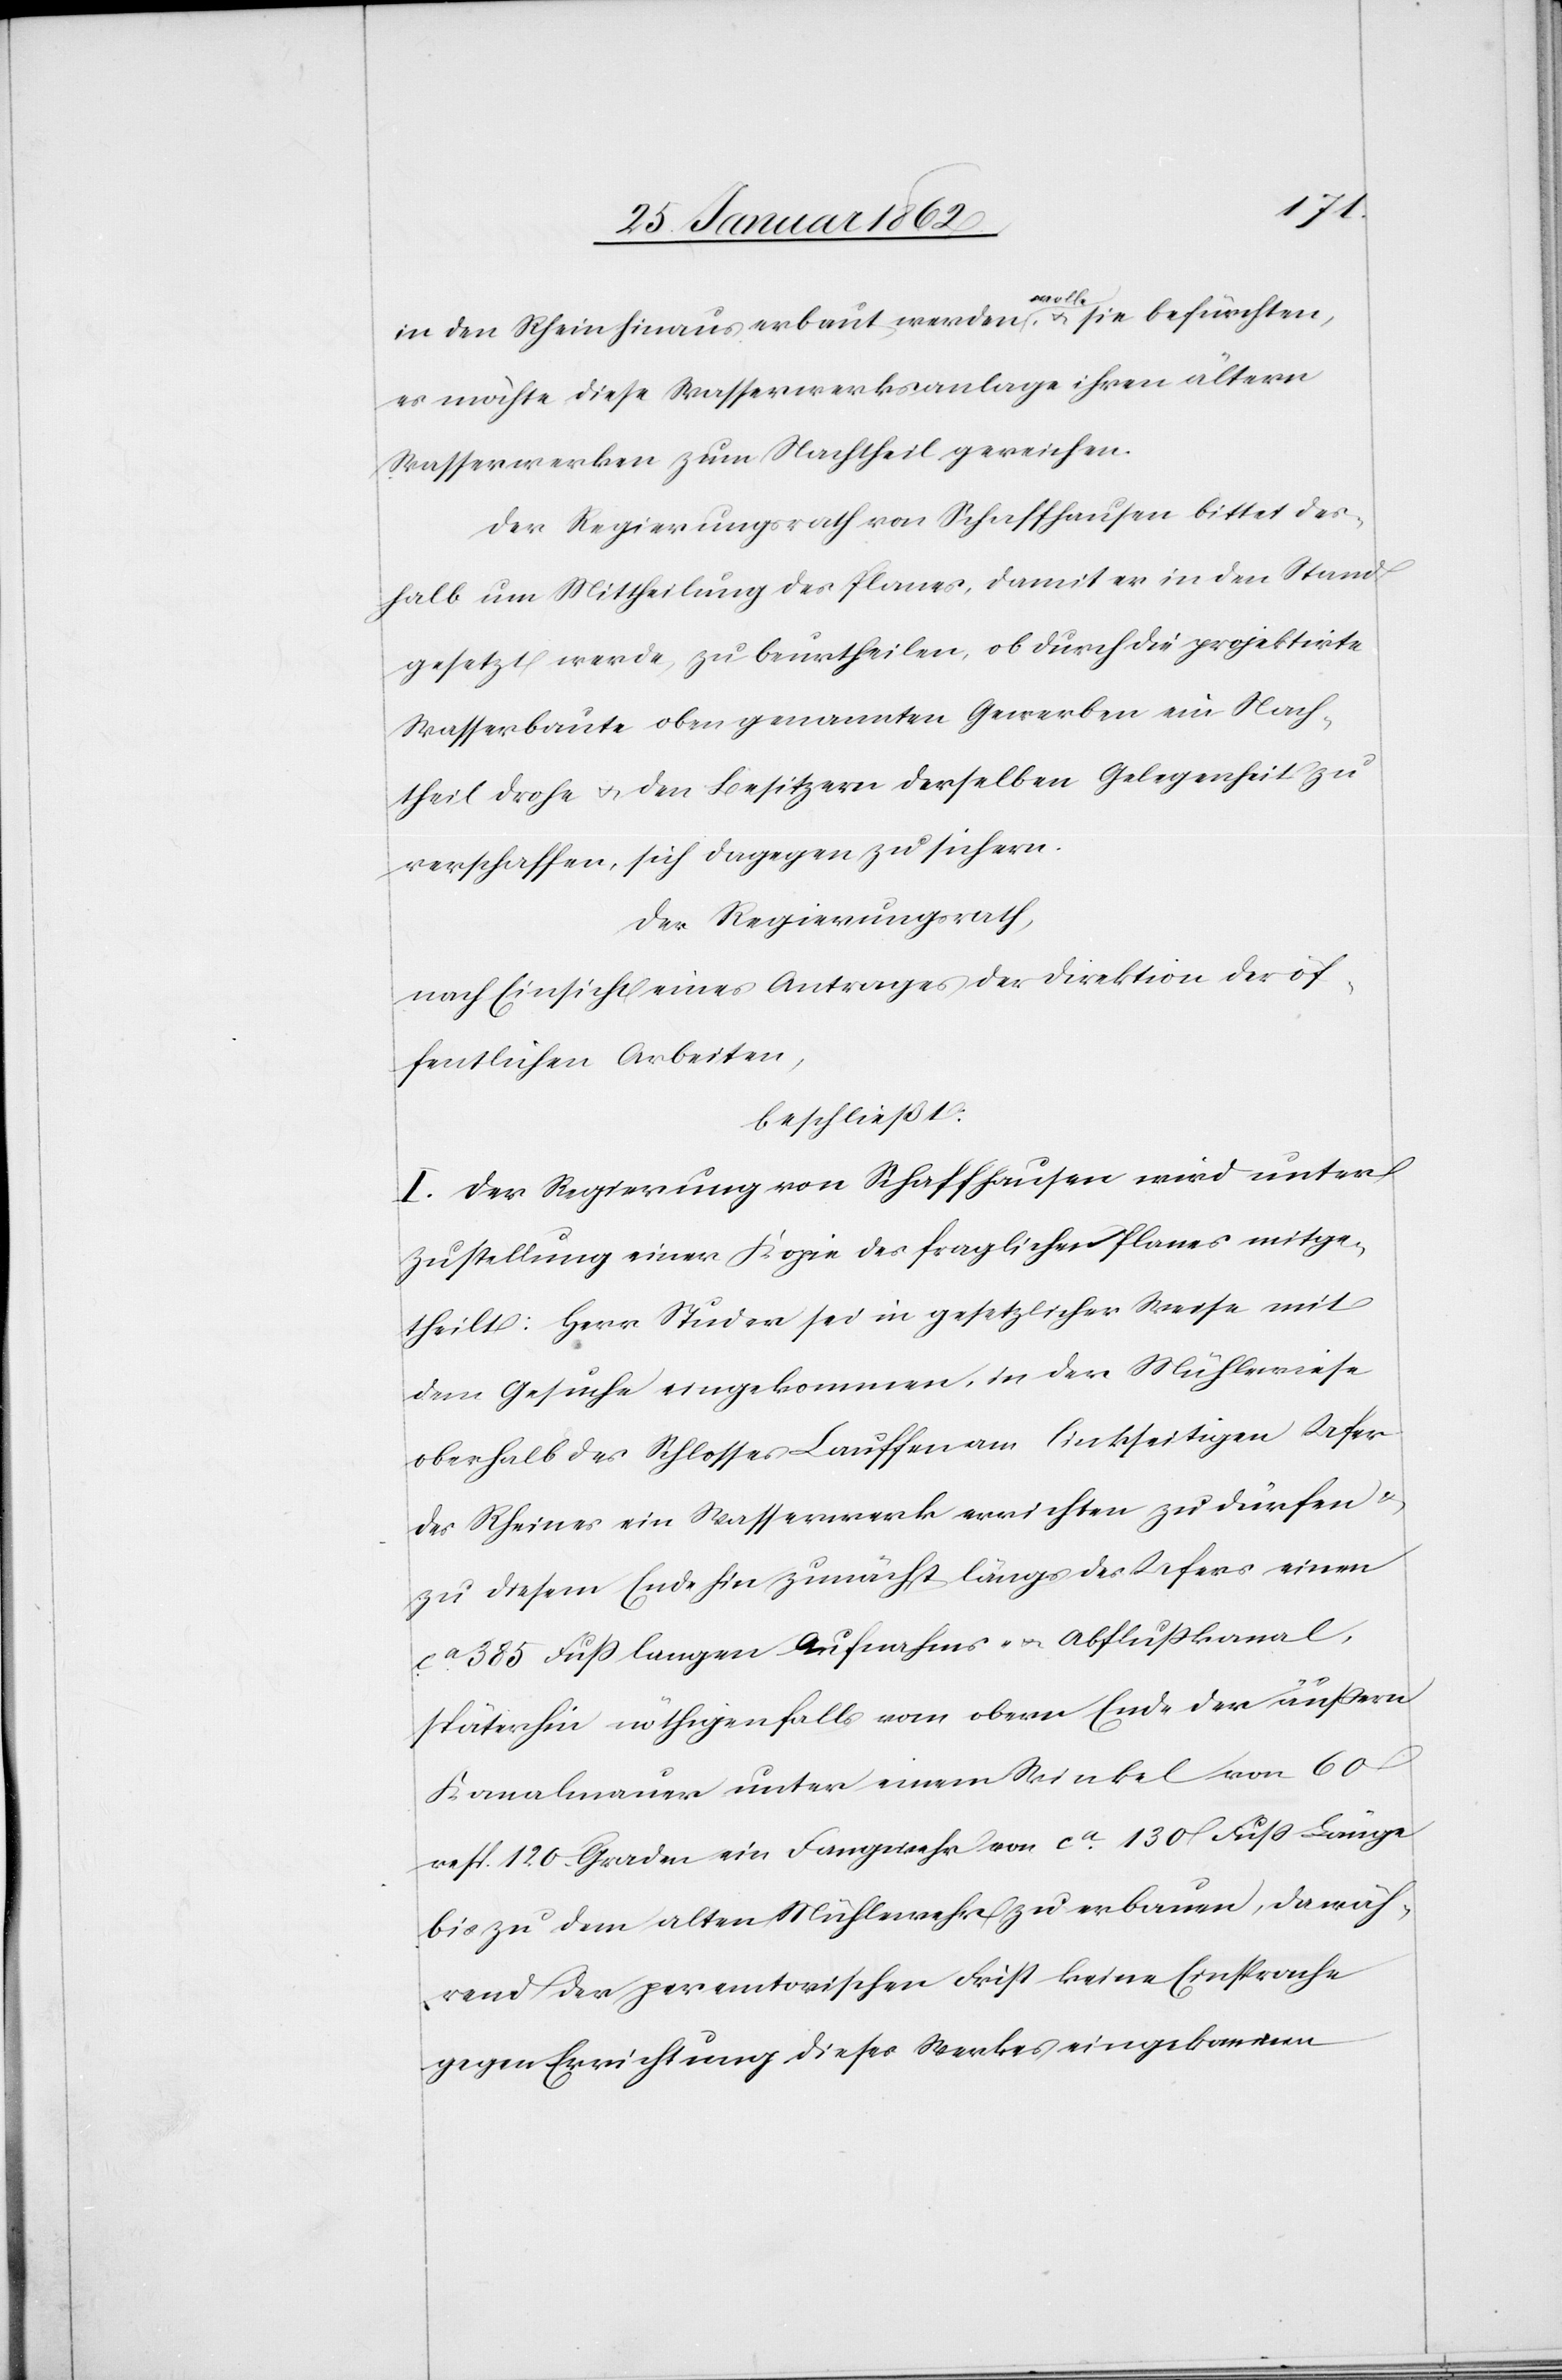
in den Rhein hinaus erbaut werden a-wolle-a, u. sie befürchten,
es möchte diese Wasserwerksanlage ihren ältern
Wasserwerken zum Nachtheil gereichen.
Der Regierungsrath von Schaffhausen bittet des¬
halb um Mittheilung des Planes, damit er in den Stand
gesetzt werde, zu beurtheilen, ob durch die projektirte
Wasserbaute oben genannten Gewerben ein Nach¬
theil drohe u. den Besitzern derselben Gelegenheit zu
verschaffen, sich dagegen zu sichern.
Der Regierungsrath,
nach Einsicht eines Antrages der Direktion der öf¬
fentlichen Arbeiten,
beschließt:
I. Der Regierung von Schaffhausen wird unter
Zustellung einer Kopie des fraglichen Planes mitge¬
theilt: Herr Studer sei in gesetzlicher Weise mit
dem Gesuche eingekommen, in der Mühlewiese
oberhalb des Schlosses Lauffen am linkseitigen Ufer
des Rheines ein Wasserwerk errichten zu dürfen u.
zu diesem Ende hin zunächst längs des Ufers einen
ca. 385 Fuß langen Aufnahms- und Abflußkanal,
späterhin nöthigenfalls vom obern Ende der äußern
Kanalmauer unter einem Winkel von 60
resp. 120. Graden ein Fangwehr von ca. 130 Fuß Länge
bis zu dem alten Mühlewehr zu erbauen, da wäh¬
rend der peremtorischen Frist keine Einsprache
gegen Errichtung dieses Werkes eingekommen